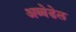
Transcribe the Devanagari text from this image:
अब्बेडेल